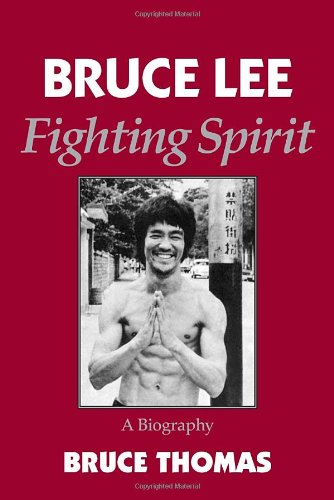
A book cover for Bruce Lee: Fighting Spirit; Bruce Thomas; Biographies & Memoirs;